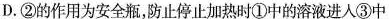
D.②的作用为安全瓶，防止停止加热时①中的溶液进入③中